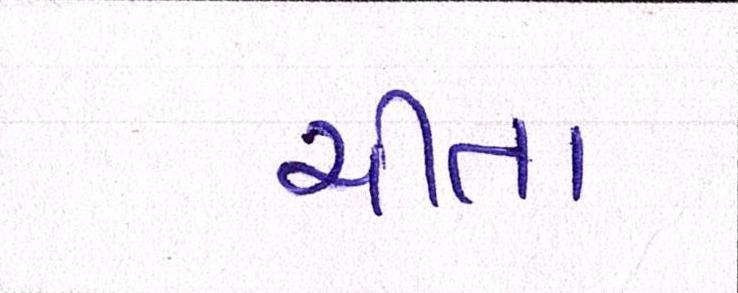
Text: ચીતા